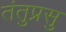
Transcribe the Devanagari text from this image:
तंतुप्रसु